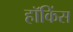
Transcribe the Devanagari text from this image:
हॉकिंस